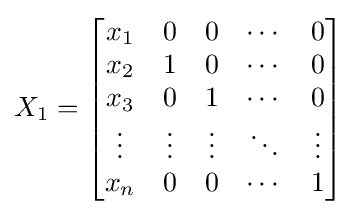
X_{1}={\begin{bmatrix}x_{1}&0&0&\cdots &0\\x_{2}&1&0&\cdots &0\\x_{3}&0&1&\cdots &0\\\vdots &\vdots &\vdots &\ddots &\vdots \\x_{n}&0&0&\cdots &1\end{bmatrix}}